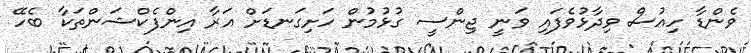
ވެންޑާ ހިއުސް ވިދާޅުވެފައި ވަނީ ޖިންސީ ގުޅުމުން ހަށިގަނޑަށް އަރާ އިންފެކްޝަންތަކާ ބެހޭ